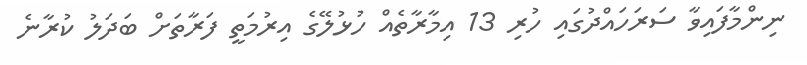
ނިންމާފައިވާ ސަރަހައްދުގައި ހުރި 13 އިމާރާތެއް ހުޅުލޭގެ އިރުމަތީ ފަރާތަށް ބަދަލު ކުރާނެ